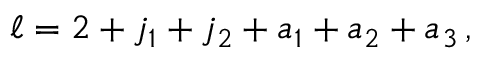
\ell = 2 + j _ { 1 } + j _ { 2 } + a _ { 1 } + a _ { 2 } + a _ { 3 } \, ,